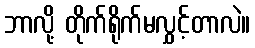
ဘာလို့ တိုက်ရိုက်မလွှင့်တာလဲ။